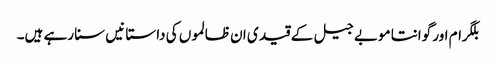
بلگرام اور گوانتا موبے جیل کے قید ی ان ظالموں کی داستا نیں سنا رہے ہیں۔